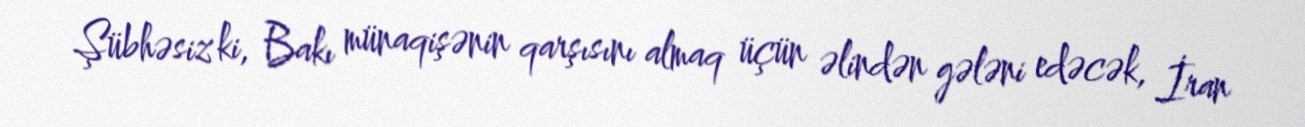
Şübhəsiz ki, Bakı münaqişənin qarşısını almaq üçün əlindən gələni edəcək, İran